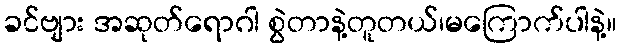
ခင်ဗျား အဆုတ်ရောဂါ စွဲတာနဲ့တူတယ်၊မကြောက်ပါနဲ့။